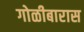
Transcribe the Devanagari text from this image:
गोळीबारास